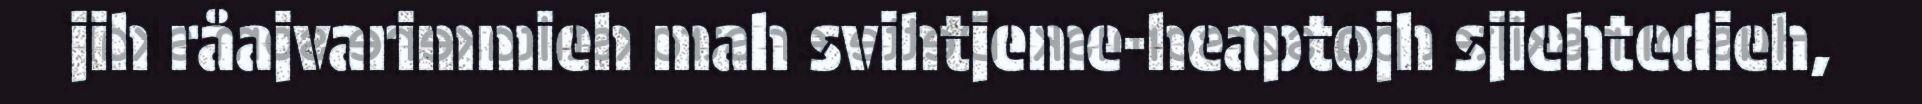
jih råajvarimmieh mah svihtjeme-heaptojh sjiehtedieh,